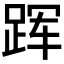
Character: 𲃡